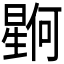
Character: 𪱊